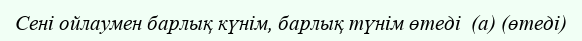
Сені ойлаумен барлық күнім, барлық түнім өтеді  (а) (өтеді)